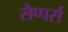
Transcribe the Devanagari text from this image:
सैप्पर्स